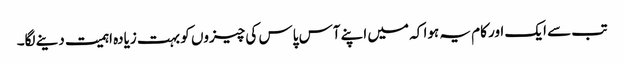
تب سے ایک اور کام یہ ہوا کہ میں اپنے آس پاس کی چیزوں کو بہت زیادہ اہمیت دینے لگا۔